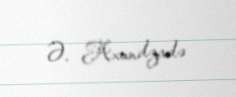
Ə. Axundzadə